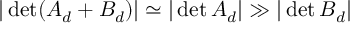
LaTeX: | \operatorname * { d e t } ( A _ { d } + B _ { d } ) | \simeq | \operatorname * { d e t } A _ { d } | \gg | \operatorname * { d e t } B _ { d } |